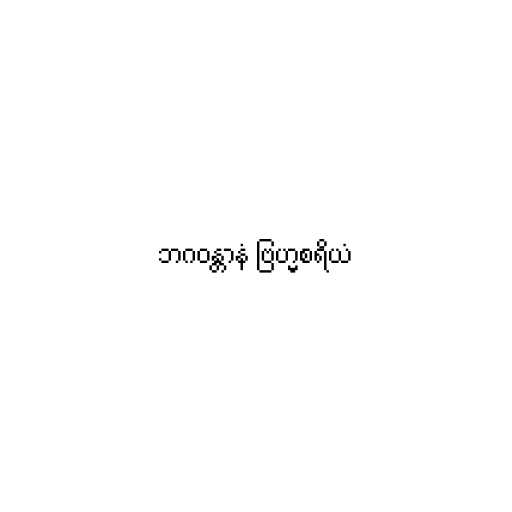
ဘဂဝန္တာနံ ဗြဟ္မစရိယံ